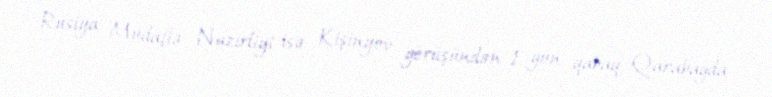
Rusiya Müdafiə Nazirliyi isə Kişinyov görüşündən 1 gün qabaq Qarabağda